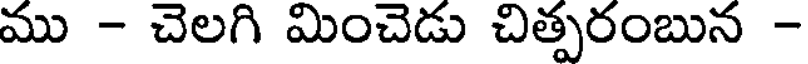
ము - చెలగి మించెడు చిత్పరంబున -